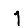
Digit: 1